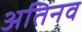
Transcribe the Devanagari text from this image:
अतिनव